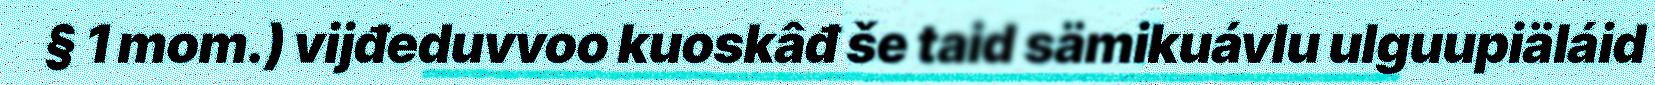
§ 1 mom.) vijđeduvvoo kuoskâđ še taid sämikuávlu ulguupiäláid